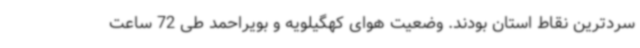
سردترین نقاط استان بودند. وضعیت هوای کهگیلویه و بویراحمد طی 72 ساعت